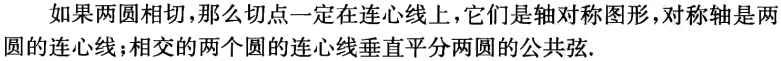
如果两圆相切，那么切点一定在连心线上，它们是轴对称图形，对称轴是两圆的连心线；相交的两个圆的连心线垂直平分两圆的公共弦.